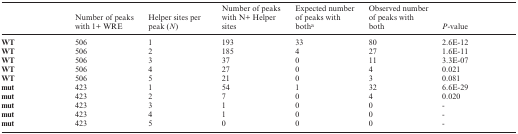
<table><thead><tr><td></td><td><b>Number of peaks with 1+ WRE</b></td><td><b>Helper sites per peak (<i>N</i>)</b></td><td><b>Number of peaks with N+ Helper sites</b></td><td><b>Expected number of peaks with both<sup>a</sup></b></td><td><b>Observed number of peaks with both</b></td><td><b><i>P</i>-value</b></td></tr></thead><tbody><tr><td><b>WT</b></td><td>506</td><td>1</td><td>193</td><td>33</td><td>80</td><td>2.6E-12</td></tr><tr><td><b>WT</b></td><td>506</td><td>2</td><td>185</td><td>4</td><td>27</td><td>1.6E-11</td></tr><tr><td><b>WT</b></td><td>506</td><td>3</td><td>37</td><td>0</td><td>11</td><td>3.3E-07</td></tr><tr><td><b>WT</b></td><td>506</td><td>4</td><td>27</td><td>0</td><td>4</td><td>0.021</td></tr><tr><td><b>WT</b></td><td>506</td><td>5</td><td>21</td><td>0</td><td>3</td><td>0.081</td></tr><tr><td><b>mut</b></td><td>423</td><td>1</td><td>54</td><td>1</td><td>32</td><td>6.6E-29</td></tr><tr><td><b>mut</b></td><td>423</td><td>2</td><td>7</td><td>0</td><td>4</td><td>0.020</td></tr><tr><td><b>mut</b></td><td>423</td><td>3</td><td>1</td><td>0</td><td>0</td><td>-</td></tr><tr><td><b>mut</b></td><td>423</td><td>4</td><td>1</td><td>0</td><td>0</td><td>-</td></tr><tr><td><b>mut</b></td><td>423</td><td>5</td><td>0</td><td>0</td><td>0</td><td>-</td></tr></tbody></table>